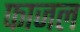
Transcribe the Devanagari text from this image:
फाजल